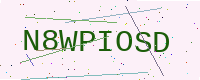
Text: N8WPIOSD